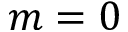
m = 0